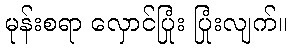
မုန်းစရာ လှောင်ပြုံး ပြုံးလျက်။